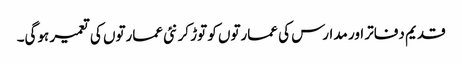
قدیم دفاتر اور مدارس کی عمارتوں کو توڑ کر نئی عمارتوں کی تعمیر ہوگی۔